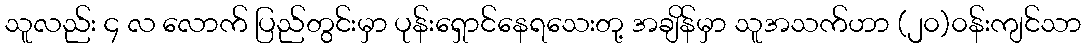
သူလည်း ၄ လ လောက် ပြည်တွင်းမှာ ပုန်းရှောင်နေရသေးတု့ အချိန်မှာ သူအသက်ဟာ (၂၀)၀န်းကျင်သာ